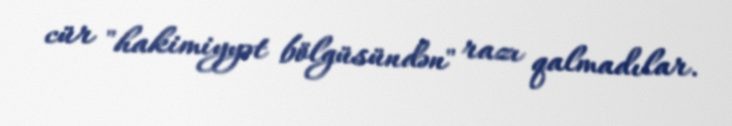
cür "hakimiyyət bölgüsündən" razı qalmadılar.